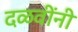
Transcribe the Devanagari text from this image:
दळवींनी